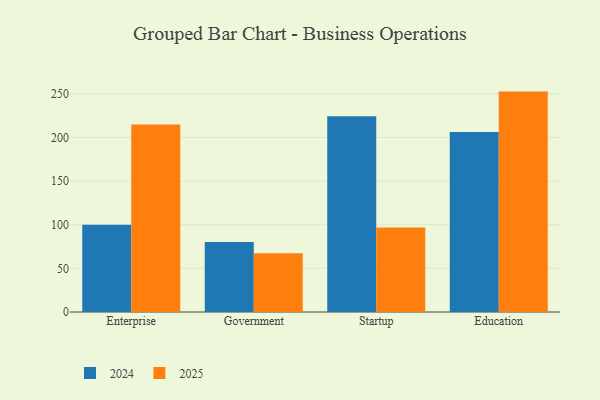
{"axis": {"x": "Segment", "y": "Production Output"}, "legend": ["2024", "2025"], "data": [{"x": "Enterprise", "y": 214.7, "type": "2025"}, {"x": "Enterprise", "y": 100.1, "type": "2024"}, {"x": "Government", "y": 67.4, "type": "2025"}, {"x": "Government", "y": 80.2, "type": "2024"}, {"x": "Startup", "y": 96.8, "type": "2025"}, {"x": "Startup", "y": 224.2, "type": "2024"}, {"x": "Education", "y": 252.5, "type": "2025"}, {"x": "Education", "y": 206.3, "type": "2024"}]}